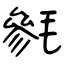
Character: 毿